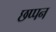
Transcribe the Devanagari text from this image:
छप्‍पन